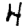
Digit: 4